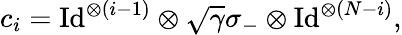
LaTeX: {c}_{i}=\mathrm{Id}^{\otimes(i-1)}\otimes\sqrt{\gamma}\sigma_{-}\otimes\mathrm{Id}^{\otimes(N-i)},